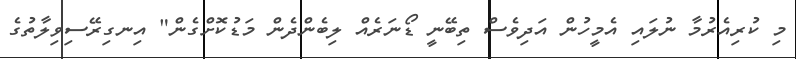
މި ކުރިއެރުމާ ނުލައި އެމީހުން އަދިވެސް ތިބޭނީ ޑޯނަރެއް ލިބެންދެން މަޑުކޮށްގެން" އިނގިރޭސިވިލާތުގެ